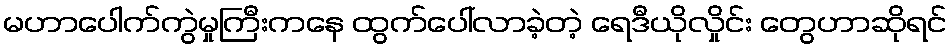
မဟာပေါက်ကွဲမှုကြီးကနေ ထွက်ပေါ်လာခဲ့တဲ့ ရေဒီယိုလှိုင်း တွေဟာဆိုရင်